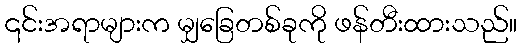
၎င်းအရာများက မျှခြေတစ်ခုကို ဖန်တီးထားသည်။